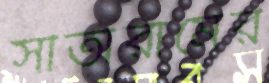
সীতারামের